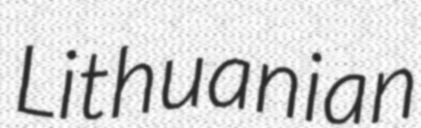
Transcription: Lithuanian